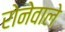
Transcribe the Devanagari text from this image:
रोनेवाले